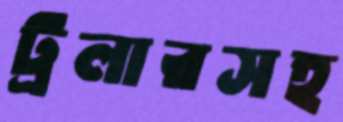
ট্রলারসহ